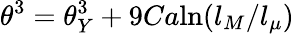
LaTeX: \theta^{3}=\theta_{Y}^{3}+9Ca\mathrm{ln}(l_{M}/l_{\mu})